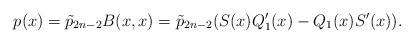
LaTeX: \begin{align*}p(x)=\tilde{p}_{2n-2}{B}(x,x)=\tilde{p}_{2n-2} ({S}(x){Q}'_1(x)-{Q}_1(x){S}'(x)).\end{align*}